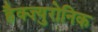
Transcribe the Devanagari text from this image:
हैक्ज़्युरोनिक